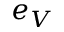
e _ { V }